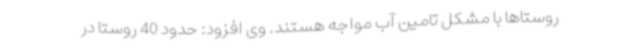
روستاها با مشکل تامین آب مواجه هستند. وی افزود: حدود 40 روستا در